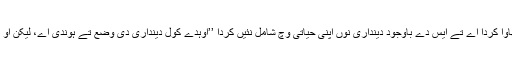
اُو جیہڑا پاک ہون دا دکھاوا کردا اے تے ایس دے باوجود دینداری نوں اپنی حیاتی وِچ شامل نئیں کردا ’’اُوہدے کول دینداری دی وضع تے ہوندی اے، لیکن اُو اِختیار دا انکار کردا اے۔